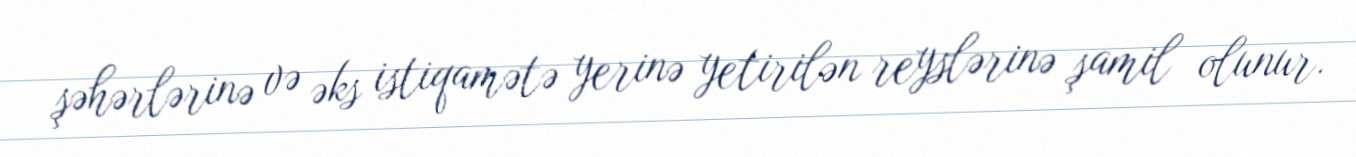
şəhərlərinə və əks istiqamətə yerinə yetirilən reyslərinə şamil olunur.